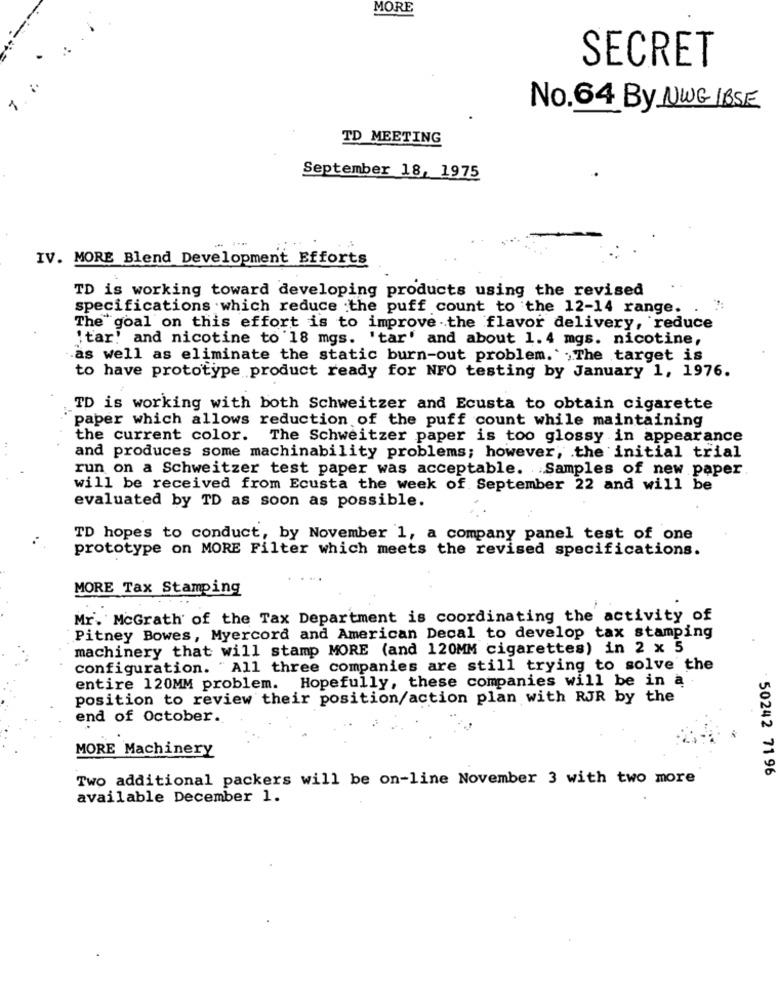
MORE
SECRET
No.64 By NWG IBSE
TD MEETING
September 18, 1975
IV. MORE Blend Development Efforts
TD is working toward developing products using the revised
specifications which reduce :the puff count to the 12-14 range. .
The goal on this effort is to improve the flavor delivery, reduce
'tar! and nicotine to '18 mgs. 'tar' and about 1.4 mgs. nicotine,
.as well as eliminate the static burn-out problem. The target is
to have prototype product ready for NFO testing by January 1, 1976.
TD is working with both Schweitzer and Ecusta to obtain cigarette
paper which allows reduction of the puff count while maintaining
the current color. The Schweitzer paper is too glossy in appearance
and produces some machinability problems; however, the initial trial
run on a Schweitzer test paper was acceptable. Samples of new paper
will be received from Ecusta the week of September 22 and will be
evaluated by TD as soon as possible.
TD hopes to conduct, by November 1, a company panel test of one
prototype on MORE Filter which meets the revised specifications.
MORE Tax Stamping
Mr. McGrath of the Tax Department is coordinating the activity of
Pitney Bowes, Myercord and American Decal to develop tax stamping
machinery that will stamp MORE (and 120MM cigarettes) in 2 x 5
configuration. "All three companies are still trying to solve the
entire 120MM problem. Hopefully, these companies will be in a
position to review their position/action plan with RJR by the
end of October.
MORE Machinery
50242 71 96
Two additional packers will be on-line November 3 with two more
available December 1.